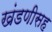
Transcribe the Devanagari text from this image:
खंडणीसह